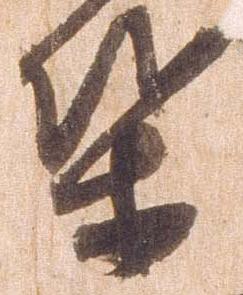
葉